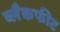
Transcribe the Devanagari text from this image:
ब्लैकफीट